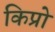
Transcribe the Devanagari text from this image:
किप्रो